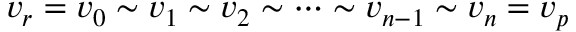
v _ { r } = v _ { 0 } \sim v _ { 1 } \sim v _ { 2 } \sim \cdots \sim v _ { n - 1 } \sim v _ { n } = v _ { p }